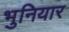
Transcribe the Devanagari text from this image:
भुनियार